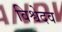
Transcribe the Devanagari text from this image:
विश्वेदव